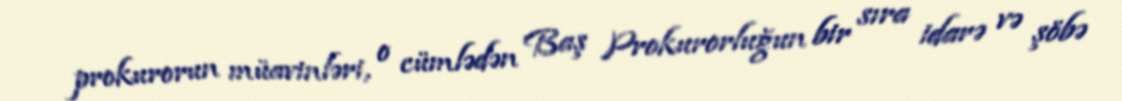
prokurorun müavinləri, o cümlədən Baş Prokurorluğun bir sıra idarə və şöbə